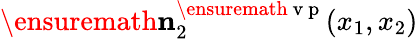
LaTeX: \ensuremath{\mathbf{n}}_{2}^{\ensuremath{\mathrm{~v~p~}}}(x_{1},x_{2})